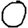
Digit: 0